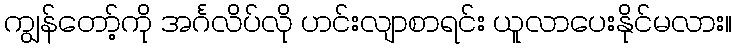
ကျွန်တော့်ကို အင်္ဂလိပ်လို ဟင်းလျာစာရင်း ယူလာပေးနိုင်မလား။